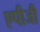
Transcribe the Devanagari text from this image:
एपीजी